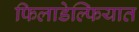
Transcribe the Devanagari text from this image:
फिलाडेल्फियात